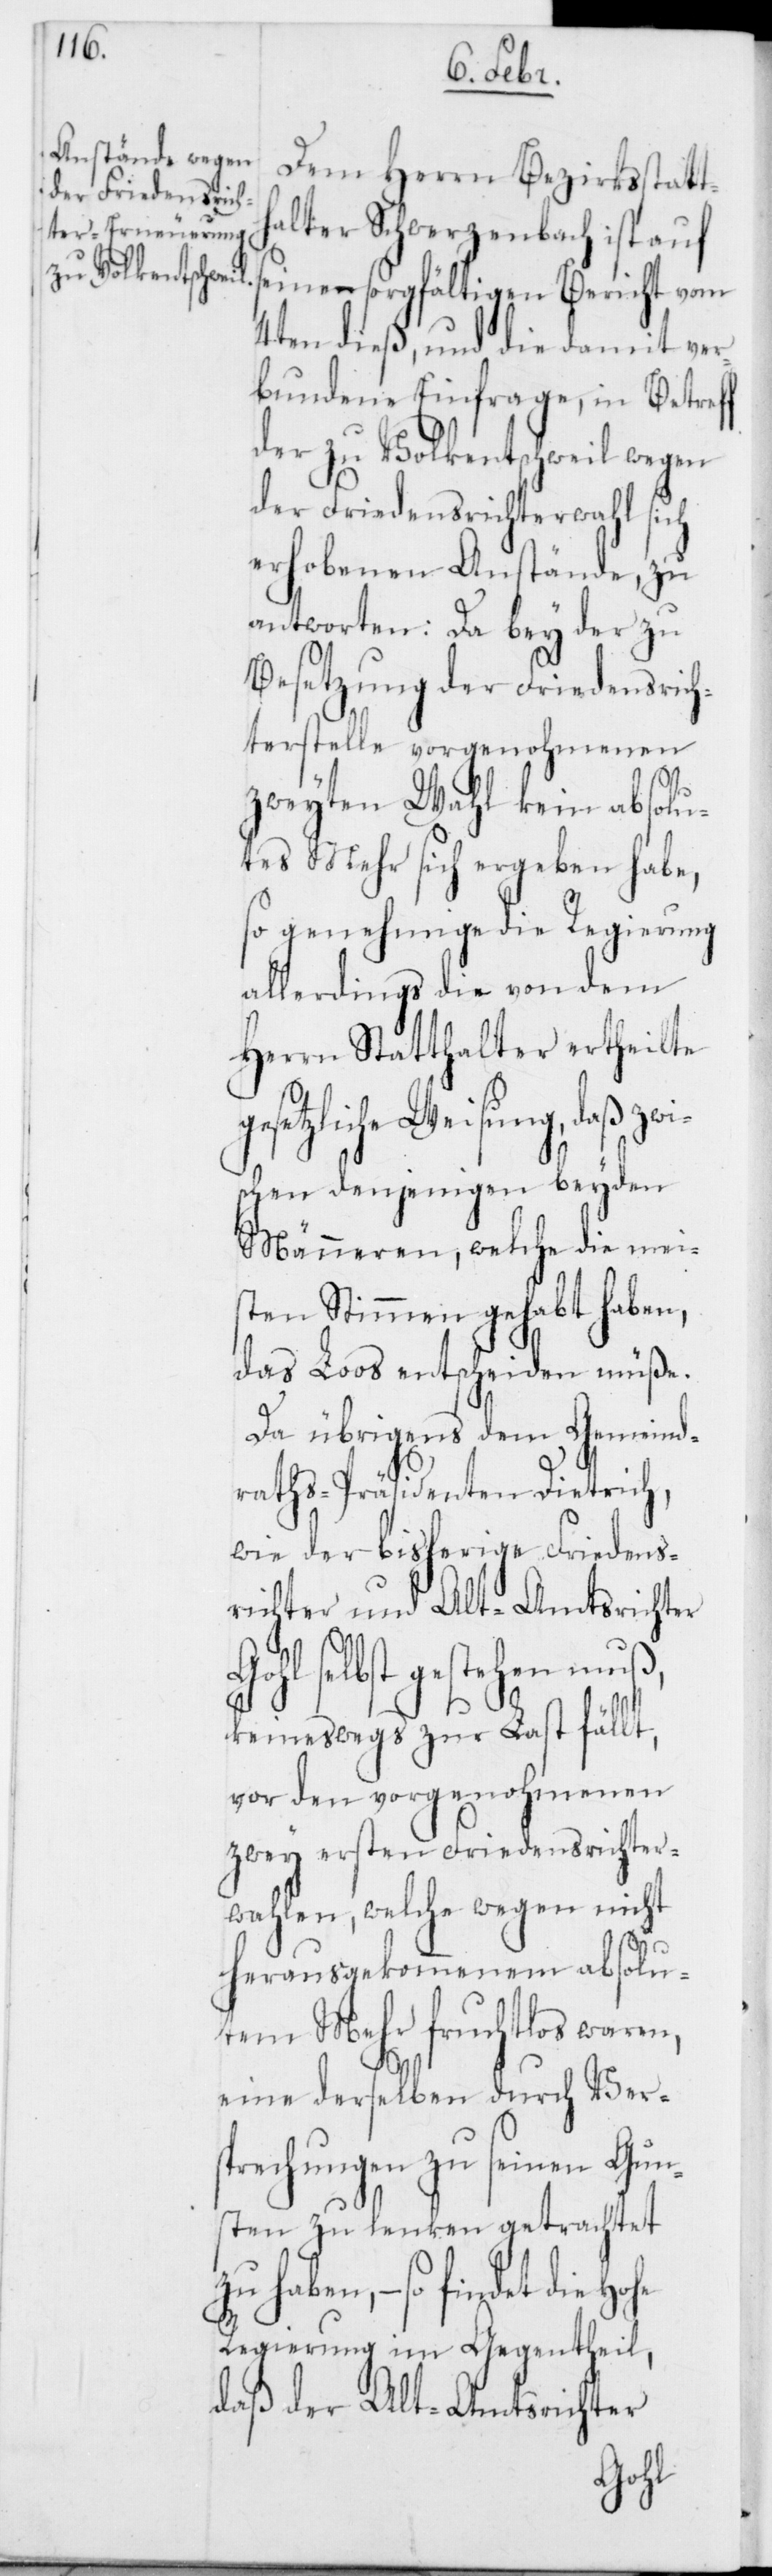
Dem Herrn Bezirksstatt¬
halter Schwerzenbach ist auf
seinen sorgfältigen Bericht vom
4ten dieß, und die damit ver¬
bundene Einfrage, in Betr¬
der zu Volkentschweil wegen
der Friedensrichterwahl sich
erhobenen Anstände, zu
antworten: Da bey der zu
Besetzung der Friedensrich¬
terstelle vorgenohmenen
zweyten Wahl kein absolu¬
tes Mehr sich ergeben habe,
so genehmige die Regierung
allerdings die von dem
Herrn Statthalter ertheilte
setzliche Weisung, daß zwi¬
schen denjenigen beyden
Männeren, welche die mei¬
sten Stimmen gehabt haben,
das Loos entscheiden müße.
Da übrigens dem Gemeind¬
raths-Präsidenten Dietrich,
wie der bisherige Friedens¬
richter und Alt-Amtstrichter
selbst gestehen muß,
keineswegs zur Last fällt,
vor den vorgenohmenen
zwey ersten Friedensrichter¬
wahlen, welche wegen nicht
herausgekommenem absolu¬
tem Mehr fruchtlos waren,
eine derselben durch Vers¬
prechungen zu seinen Gun¬
sten zu lenken getrachtet
zu haben, – so findet die
Regierung im Gegentheil,
daß der Alt-Amstrichter
Hohe